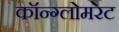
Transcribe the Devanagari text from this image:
कॉन्ग्लोमरेट